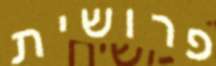
פרושית